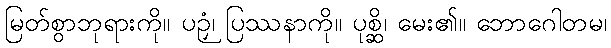
မြတ်စွာဘုရားကို။ ပဉှံ၊ ပြဿနာကို။ ပုစ္ဆိ၊ မေး၏။ ဘောဂေါတမ၊